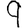
Digit: 9